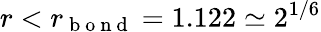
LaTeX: r<r_{\mathrm{~b~o~n~d~}}=1.122\simeq 2^{1/6}